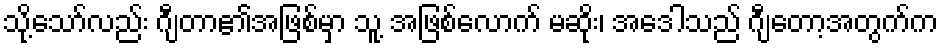
သို့သော်လည်း ဂျီတာ၏အဖြစ်မှာ သူ့ အဖြစ်လောက် မဆိုး၊ အေဒါသည် ဂျီတော့အတွက်က